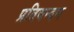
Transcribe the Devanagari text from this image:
प्रतिवन्दन